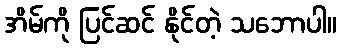
အိမ်ကို ပြင်ဆင် နိုင်တဲ့ သဘောပါ။